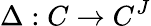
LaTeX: \Delta:C\to C^{J}